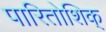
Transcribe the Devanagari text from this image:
पारितोशिक्